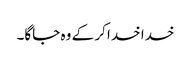
خدا خدا کر کے وہ جاگا۔